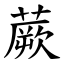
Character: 蕨